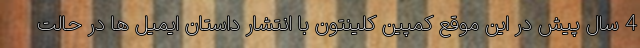
4 سال پیش در این موقع کمپین کلینتون با انتشار داستان ایمیل ها در حالت